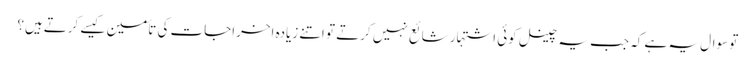
تو سوال یہ ہے کہ جب یہ چینل کوئی اشتہار شائع نہیں کرتے تو اتنے زیادہ اخراجات کی تأمین کیسے کرتےہیں؟